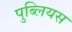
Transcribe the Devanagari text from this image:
पुब्लियस